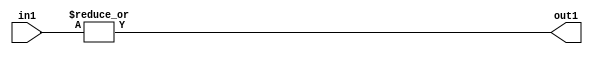
`timescale 1ps / 1ps
/*****************************************************************************
    Verilog RTL Description
    
    
    Created by: Stratus DpOpt 2019.1.01 
*******************************************************************************/

module feature_write_addr_gen_OrReduction_3U_1U_4 (
	in1,
	out1
	); /* architecture "behavioural" */ 
input [2:0] in1;
output  out1;
wire  asc001;

assign asc001 = 
	(|in1);

assign out1 = asc001;
endmodule

/* CADENCE  urf1Sw8= : u9/ySgnWtBlWxVPRXgAZ4Og= ** DO NOT EDIT THIS LINE ******/